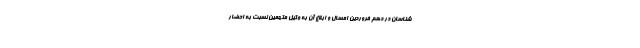
شناسان در دهم فروردین امسال و ابلاغ آن به وکیل متهمین نسبت به احضار